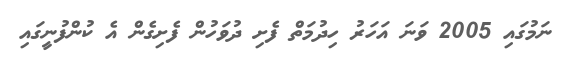
ނަމުގައި 2005 ވަނަ އަހަރު ހިދުމަތް ފެށި ދުވަހުން ފެށިގެން އެ ކުންފުނީގައި